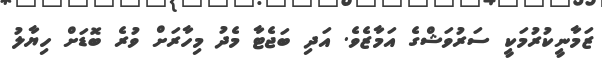
ޒަމާނީކުރުމަކީ ސަރުވަޝްގެ އަމާޒެވެ. އަދި ބަޖެޓާ މެދު މިހާރަށް ވުރެ ބޮޑަށް ހިޔާލު